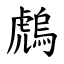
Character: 䖚